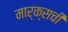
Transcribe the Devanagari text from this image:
मार्क्सची